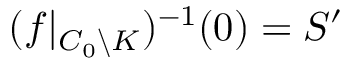
( f | _ { C _ { 0 } \backslash K } ) ^ { - 1 } ( 0 ) = S ^ { \prime }